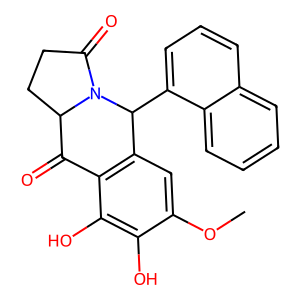
SMILES: COc1cc2c(c(O)c1O)C(=O)C1CCC(=O)N1C2c1cccc2ccccc12
Inhibits HIV replication: No